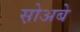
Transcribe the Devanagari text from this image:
स़ोअबे